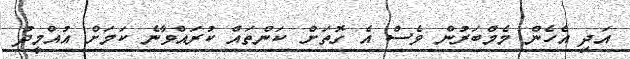
އަދި އެހެން މެމްބަރުން ވެސް އެ ގޮތަށް ކަންތައް ކުރައްވާނެ ކަމަށް އުއްމީދު